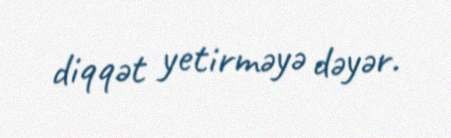
diqqət yetirməyə dəyər.